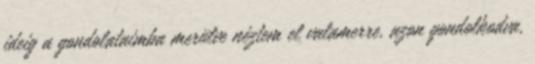
ideig a gondolataimba merülve néztem el valamerre, azon gondolkodva,